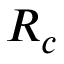
R _ { c }